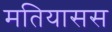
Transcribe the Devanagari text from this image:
मतियासस